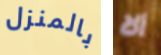
بالمنزل ألا